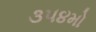
૩૫૪મો